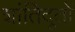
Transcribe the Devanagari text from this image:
शांतिदूतों